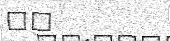
٢٤